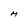
Character: M